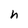
Character: h